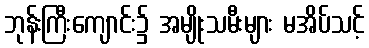
ဘုန်းကြီးကျောင်း၌ အမျိုးသမီးများ မအိပ်သင့်